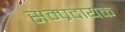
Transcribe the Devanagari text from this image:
सम्‍प्रदायक